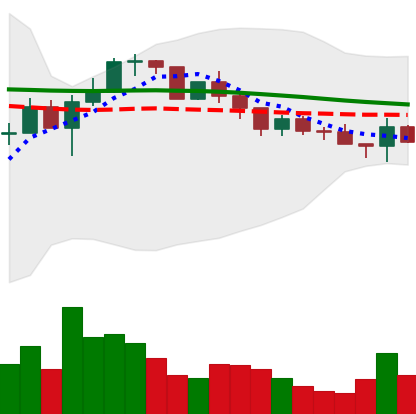
Ticker: LINK-USD
Chart end date: 2022-12-14
Forward return: -13.938%
Label: down_7plus